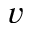
v